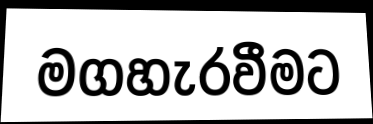
මගහැරවීමට